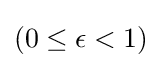
\left(0\leq \epsilon <1\right)